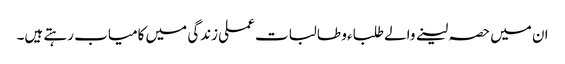
ان میں حصہ لینے والے طلباء و طالبات عملی زندگی میں کامیاب رہتے ہیں۔